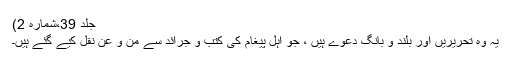
جلد 39،شمارہ 2)
یہ وہ تحریریں اور بلند و بانگ دعوے ہیں ، جو اہل پیغام کی کتب و جرائد سے من و عن نقل کیے گئے ہیں۔